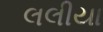
લલીયા